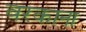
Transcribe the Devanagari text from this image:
वरकाना